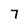
Character: 7